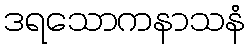
ဒရသောကနာသနံ